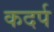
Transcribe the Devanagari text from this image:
कदर्प